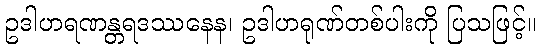
ဥဒါဟရဏန္တရဒဿနေန၊ ဥဒါဟရုဏ်တစ်ပါးကို ပြသဖြင့်။